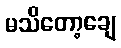
မသိတော့ချေ